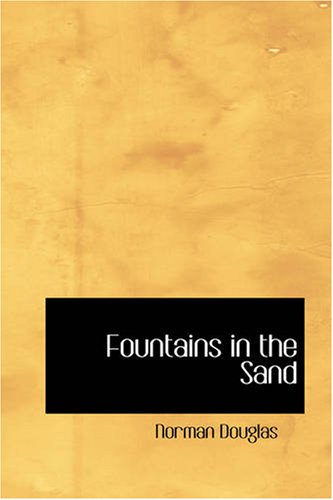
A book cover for Fountains in the Sand: Rambles Among the Oases of Tunisia; Norman Douglas; Travel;